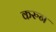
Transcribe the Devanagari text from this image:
करुन